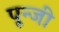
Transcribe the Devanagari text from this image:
पून्जी